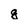
Character: g